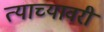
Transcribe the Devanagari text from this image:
त्याच्यावरी